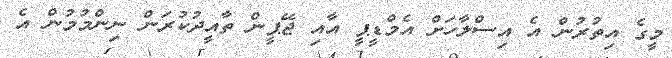
މީގެ އިތުރުން އެ އިސްލާހަށް އެމްޑީޕީ އާއި ޖޭޕީން ތާއީދުކުރަން ނިންމުމުން އެ